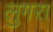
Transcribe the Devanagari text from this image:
लुगरा